Civil Veterinary Dept. Bombay admin report 1932-41 - 1932-1941
Year: 1932
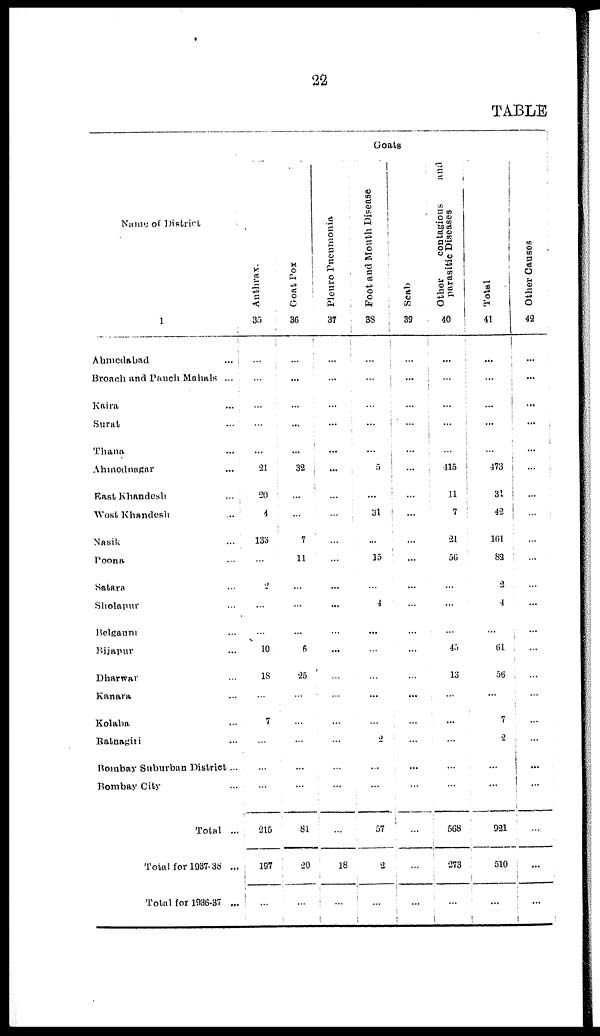
22
TABLE
Name of District
1
Ahmedabad ...
Broach and Panch Mahals ...
Kaira ...
Surat ...
Thana ...
Ahmednagar ...
East Khandesh ...
West Khandesh ...
Nasik ...
Poona ...
Satara ...
Sholapur ...
Belgaum ...
Bijapur ...
Dharwar ...
Kanara ...
Kolaba ...
Ratnagiri ...
Bombay Suburban District ...
Bombay City ...
Total ...
Total for 1937-38 ...
Total for 1936-37 ...
Goats
Anthrax.
35
...
...
...
...
...
21
20
4
133
...
2
...
...
10
18
...
7
...
...
...
215
197
...
Goat Pox
36
...
...
...
...
...
32
...
...
7
11
...
...
...
6
25
...
...
...
...
...
81
20
...
Pleuro Pneumonia
37
...
...
...
...
...
...
...
...
...
...
...
...
...
...
...
...
...
...
...
...
...
18
...
Foot and Mouth Disease
38
...
...
...
...
...
5
...
31
...
15
...
4
...
...
...
...
...
2
...
...
57
2
...
Scab
39
...
...
...
...
...
...
...
...
...
...
...
...
...
...
...
...
...
...
...
...
...
...
...
Other
contagious
and
parasitic Diseases
40
...
...
...
...
...
115
11
7
21
50
...
...
...
43
13
...
...
...
...
...
568
273
...
Total
41
...
...
...
...
...
473
31
42
161
82
3
1
...
61
56
...
7
2
...
...
921
510
...
Other Causes
42
...
...
...
...
...
...
...
...
...
...
...
...
...
...
...
...
...
...
...
...
...
...
...